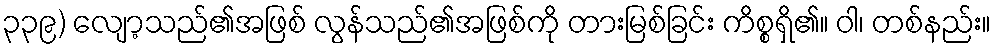
၃၃၉) လျော့သည်၏အဖြစ် လွန်သည်၏အဖြစ်ကို တားမြစ်ခြင်း ကိစ္စရှိ၏။ ဝါ၊ တစ်နည်း။